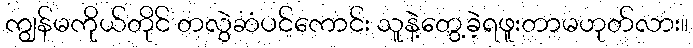
ကျွန်မကိုယ်တိုင် တလွဲဆံပင်ကောင်း သူနဲ့တွေ့ခဲ့ရဖူးတာမဟုတ်လား။